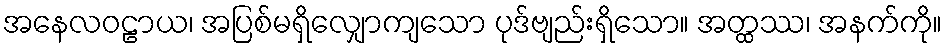
အနေလဝဠာယ၊ အပြစ်မရှိလျှောကျသော ပုဒ်ဗျည်းရှိသော။ အတ္ထဿ၊ အနက်ကို။